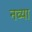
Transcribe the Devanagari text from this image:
नव्‍या